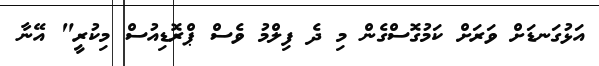
އަޅުގަނޑަށް ވަރަށް ކަމުގޮސްގެން މި ދެ ފިލްމު ވެސް ޕްރޮޑިއުސް މިކުރީ" އޭނާ